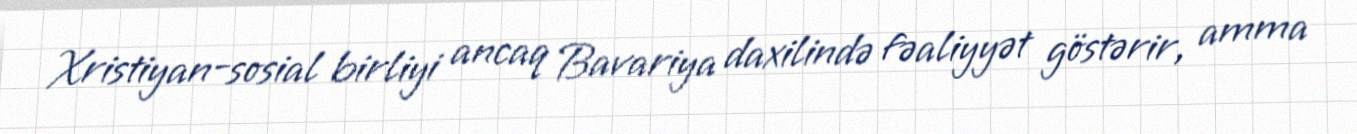
Xristiyan-sosial birliyi ancaq Bavariya daxilində fəaliyyət göstərir, amma